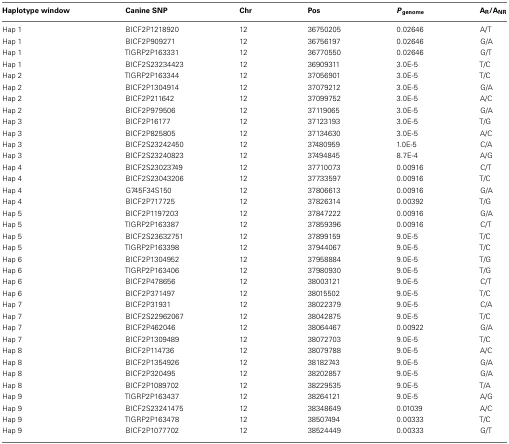
<table><thead><tr><td><b>Haplotype window</b></td><td><b>Canine SNP</b></td><td><b>Chr</b></td><td><b>Pos</b></td><td><b><i>P</i><sub>genome</sub></b></td><td><b>A<sub>R</sub>/A<sub>NR</sub></b></td></tr></thead><tbody><tr><td>Hap 1</td><td>BICF2P1218920</td><td>12</td><td>36750205</td><td>0.02646</td><td>A/T</td></tr><tr><td>Hap 1</td><td>BICF2P909271</td><td>12</td><td>36756197</td><td>0.02646</td><td>G/A</td></tr><tr><td>Hap 1</td><td>TIGRP2P163331</td><td>12</td><td>36770550</td><td>0.02646</td><td>G/T</td></tr><tr><td>Hap 1</td><td>BICF2S23234423</td><td>12</td><td>36909311</td><td>3.0E-5</td><td>T/C</td></tr><tr><td>Hap 2</td><td>TIGRP2P163344</td><td>12</td><td>37056901</td><td>3.0E-5</td><td>T/C</td></tr><tr><td>Hap 2</td><td>BICF2P1304914</td><td>12</td><td>37079212</td><td>3.0E-5</td><td>G/A</td></tr><tr><td>Hap 2</td><td>BICF2P211642</td><td>12</td><td>37099752</td><td>3.0E-5</td><td>A/C</td></tr><tr><td>Hap 2</td><td>BICF2P979506</td><td>12</td><td>37119065</td><td>3.0E-5</td><td>G/A</td></tr><tr><td>Hap 3</td><td>BICF2P16177</td><td>12</td><td>37123193</td><td>3.0E-5</td><td>T/G</td></tr><tr><td>Hap 3</td><td>BICF2P825805</td><td>12</td><td>37134630</td><td>3.0E-5</td><td>A/C</td></tr><tr><td>Hap 3</td><td>BICF2S23242450</td><td>12</td><td>37480959</td><td>1.0E-5</td><td>C/A</td></tr><tr><td>Hap 3</td><td>BICF2S23240823</td><td>12</td><td>37494845</td><td>8.7E-4</td><td>A/G</td></tr><tr><td>Hap 4</td><td>BICF2S23023749</td><td>12</td><td>37710073</td><td>0.00916</td><td>C/T</td></tr><tr><td>Hap 4</td><td>BICF2S23043206</td><td>12</td><td>37733597</td><td>0.00916</td><td>T/C</td></tr><tr><td>Hap 4</td><td>G745F34S150</td><td>12</td><td>37806613</td><td>0.00916</td><td>G/A</td></tr><tr><td>Hap 4</td><td>BICF2P717725</td><td>12</td><td>37826314</td><td>0.00392</td><td>T/G</td></tr><tr><td>Hap 5</td><td>BICF2P1197203</td><td>12</td><td>37847222</td><td>0.00916</td><td>G/A</td></tr><tr><td>Hap 5</td><td>TIGRP2P163387</td><td>12</td><td>37859396</td><td>0.00916</td><td>C/T</td></tr><tr><td>Hap 5</td><td>BICF2S23632751</td><td>12</td><td>37899159</td><td>9.0E-5</td><td>T/C</td></tr><tr><td>Hap 5</td><td>TIGRP2P163398</td><td>12</td><td>37944067</td><td>9.0E-5</td><td>T/C</td></tr><tr><td>Hap 6</td><td>BICF2P1304952</td><td>12</td><td>37958884</td><td>9.0E-5</td><td>T/G</td></tr><tr><td>Hap 6</td><td>TIGRP2P163406</td><td>12</td><td>37980930</td><td>9.0E-5</td><td>T/G</td></tr><tr><td>Hap 6</td><td>BICF2P478656</td><td>12</td><td>38003121</td><td>9.0E-5</td><td>C/T</td></tr><tr><td>Hap 6</td><td>BICF2P371497</td><td>12</td><td>38015502</td><td>9.0E-5</td><td>T/C</td></tr><tr><td>Hap 7</td><td>BICF2P31931</td><td>12</td><td>38022379</td><td>9.0E-5</td><td>C/A</td></tr><tr><td>Hap 7</td><td>BICF2S22962067</td><td>12</td><td>38042875</td><td>9.0E-5</td><td>T/C</td></tr><tr><td>Hap 7</td><td>BICF2P462046</td><td>12</td><td>38064467</td><td>0.00922</td><td>G/A</td></tr><tr><td>Hap 7</td><td>BICF2P1309489</td><td>12</td><td>38072703</td><td>9.0E-5</td><td>T/C</td></tr><tr><td>Hap 8</td><td>BICF2P114736</td><td>12</td><td>38079788</td><td>9.0E-5</td><td>A/C</td></tr><tr><td>Hap 8</td><td>BICF2P1354926</td><td>12</td><td>38182743</td><td>9.0E-5</td><td>G/A</td></tr><tr><td>Hap 8</td><td>BICF2P320495</td><td>12</td><td>38202857</td><td>9.0E-5</td><td>G/A</td></tr><tr><td>Hap 8</td><td>BICF2P1089702</td><td>12</td><td>38229535</td><td>9.0E-5</td><td>T/A</td></tr><tr><td>Hap 9</td><td>TIGRP2P163437</td><td>12</td><td>38264121</td><td>9.0E-5</td><td>A/G</td></tr><tr><td>Hap 9</td><td>BICF2S23241475</td><td>12</td><td>38348649</td><td>0.01039</td><td>A/C</td></tr><tr><td>Hap 9</td><td>TIGRP2P163478</td><td>12</td><td>38507494</td><td>0.00333</td><td>T/C</td></tr><tr><td>Hap 9</td><td>BICF2P1077702</td><td>12</td><td>38524449</td><td>0.00333</td><td>G/T</td></tr></tbody></table>